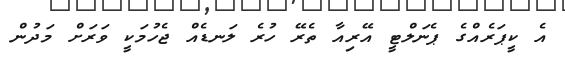
އެ ކީޕަރެއްގެ ޕެނަލްޓީ އޭރިއާ ތެރޭ ހުރެ ލަނޑެއް ޖެހުމަކީ ވަރަށް މަދުން